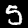
Digit: 5